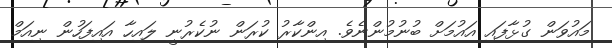
މައުވަން ގުޅާފައި އައުމަށް ބުނުމުންނެވެ. އިންކާރު ކުރަން ނުކެރުނީ ލައިހާ އައިފަހުން ނިއަމް